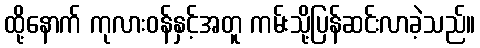
ထို့နောက် ကုလားဝန်နှင့်အတူ ကမ်းသို့ပြန်ဆင်းလာခဲ့သည်။